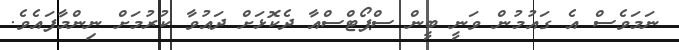
ނަމަވެސް އެ ގައުމުން ވަނީ ބީން ސްޕޯޓްސްއާ ދެކޮޅަށް ދައުވާ ކުރުމަށް ނިންމާފައެވެ.